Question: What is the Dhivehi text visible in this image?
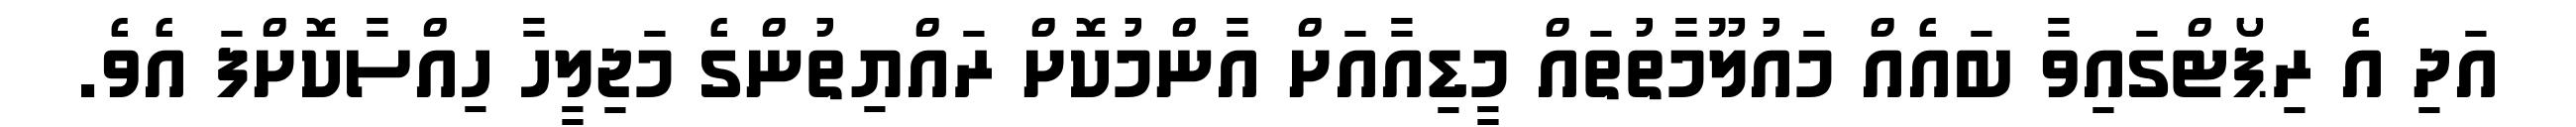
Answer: އަދި އެ ރިޕޯޓްގައިވާ ބައެއް މައުލޫމާތުތައް މީޑިއާއަށް އާންމުކޮށް ރައްޔިތުންގެ މަޖިލީހާ ހިއްސާކޮށްފަ އެވެ.